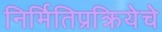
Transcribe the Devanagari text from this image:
निर्मितिप्रक्रियेचे